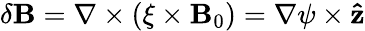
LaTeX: \delta\mathbf{B}=\nabla\times(\xi\times\mathbf{B}_{0})=\nabla\psi\times\mathbf{\hat{z}}